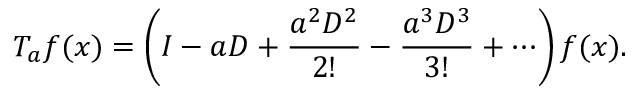
T _ { a } f ( x ) = \left( I - a D + { \frac { a ^ { 2 } D ^ { 2 } } { 2 ! } } - { \frac { a ^ { 3 } D ^ { 3 } } { 3 ! } } + \cdots \right) f ( x ) .